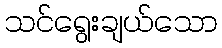
သင်ရွေးချယ်သော